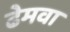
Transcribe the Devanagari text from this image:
ढेमवा